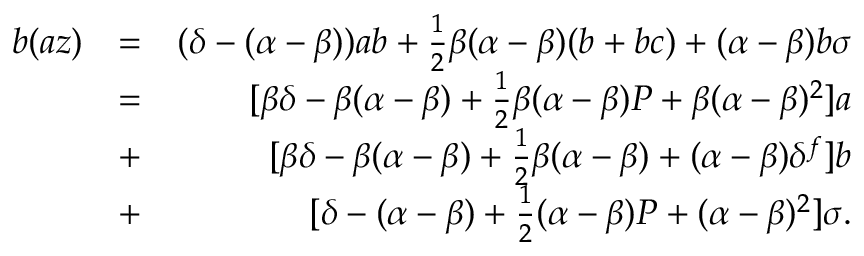
\begin{array} { r l r } { b ( a z ) } & { = } & { ( \delta - ( \alpha - \beta ) ) a b + \frac { 1 } { 2 } \beta ( \alpha - \beta ) ( b + b c ) + ( \alpha - \beta ) b \sigma } \\ & { = } & { [ \beta \delta - \beta ( \alpha - \beta ) + \frac { 1 } { 2 } \beta ( \alpha - \beta ) P + \beta ( \alpha - \beta ) ^ { 2 } ] a } \\ & { + } & { [ \beta \delta - \beta ( \alpha - \beta ) + \frac { 1 } { 2 } \beta ( \alpha - \beta ) + ( \alpha - \beta ) \delta ^ { f } ] b } \\ & { + } & { [ \delta - ( \alpha - \beta ) + \frac { 1 } { 2 } ( \alpha - \beta ) P + ( \alpha - \beta ) ^ { 2 } ] \sigma . } \end{array}